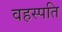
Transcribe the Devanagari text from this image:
वहस्पति